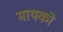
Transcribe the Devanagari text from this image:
मायको